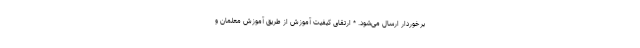
برخوردار ارسال می‌شود. * ارتقای کیفیت آموزش از طریق آموزش معلمان و